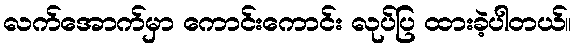
လက်အောက်မှာ ကောင်းကောင်း လုပ်ပြ ထားခဲ့ပါတယ်။